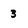
Character: 3